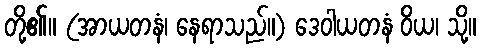
တို့၏။ (အာယတနံ၊ နေရာသည်။) ဒေဝါယတနံ ဝိယ၊ သို့။